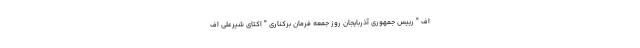
اف " رییس جمهوری آذربایجان روز جمعه فرمان برکناری " اکتای شیرعلی اف